Lunatic asylums Central Provinces reports 1874-1885 - 1874-1885
Year: 1874
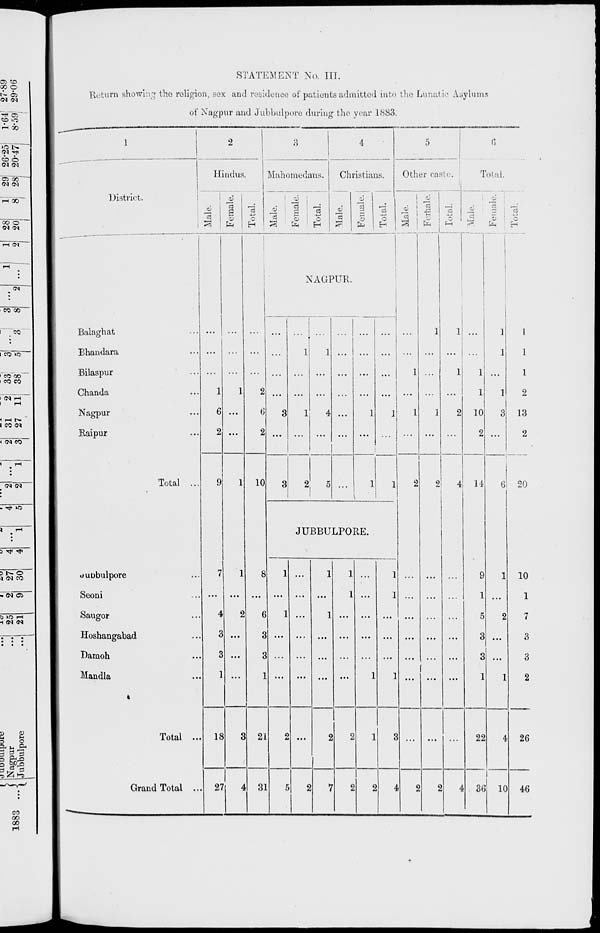
STATEMENT No. III.
Return showing the religion, sex and residence of patients admitted into the Lunatic Asylums
of Nagpur and Jubbulpore during the year 1883.
1
District.
Balaghat ...
Bhandara ...
Bilaspur ...
Chanda ...
Nagpur ...
Raipur ...
Total ...
Jubbulpore ...
Seoni ...
Saugor ...
Hoshangabad ...
Damoh ...
Mandla ...
Total ...
Grand Total ...
2
Hindus.
Male.
...
...
...
1
6
2
9
7
...
4
3
3
1
18
27
Female.
...
...
...
1
...
...
1
1
...
2
...
...
...
3
4
Total.
...
...
...
2
6
2
10
8
...
6
3
3
1
21
31
3
Mahomedans.
Male.
Female.
Total.
4
Christians.
Male.
Female.
Total.
NAGPUR.
...
...
...
...
3
...
3
...
1
...
...
1
...
2
...
1
...
...
4
...
5
...
...
...
...
...
...
...
...
...
...
...
1
...
1
...
...
...
...
1
...
1
JUBBULPORE.
1
...
1
...
...
...
2
5
...
...
...
...
...
...
...
2
1
...
1
...
...
...
2
7
1
1
...
...
...
...
2
2
...
...
...
...
...
1
1
2
1
1
...
...
...
1
3
4
5
Other caste.
Male.
...
...
1
...
1
...
2
...
...
...
...
...
...
...
2
Females.
1
...
...
...
1
...
2
...
...
...
...
...
...
...
2
Total.
1
...
1
...
2
...
4
...
...
...
...
...
...
...
4
6
Total.
Male.
...
...
1
1
10
2
14
9
1
5
3
3
1
22
36
Female.
1
1
...
1
3
...
6
1
...
2
...
...
1
4
10
Total.
1
1
1
2
13
2
20
10
1
7
3
3
2
26
46